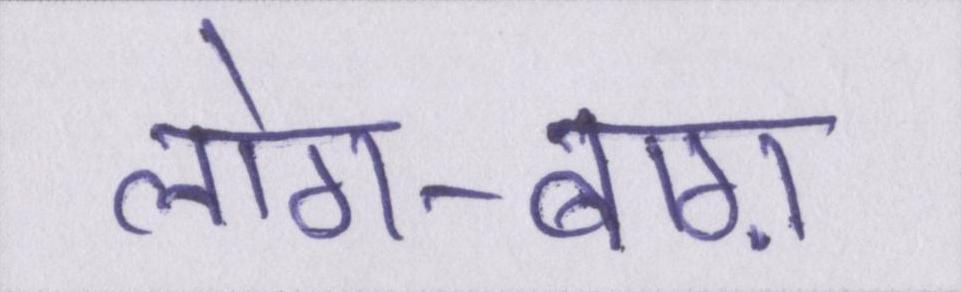
लोग-बाग़